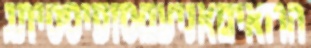
הרואיםאניעםסופיסטיתג